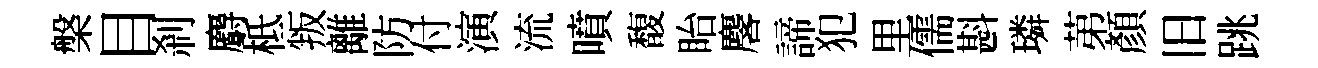
槃目刹麝柢叛離防付演流噴馥眙麐諦犯里儒斟璘苐顔旧跳